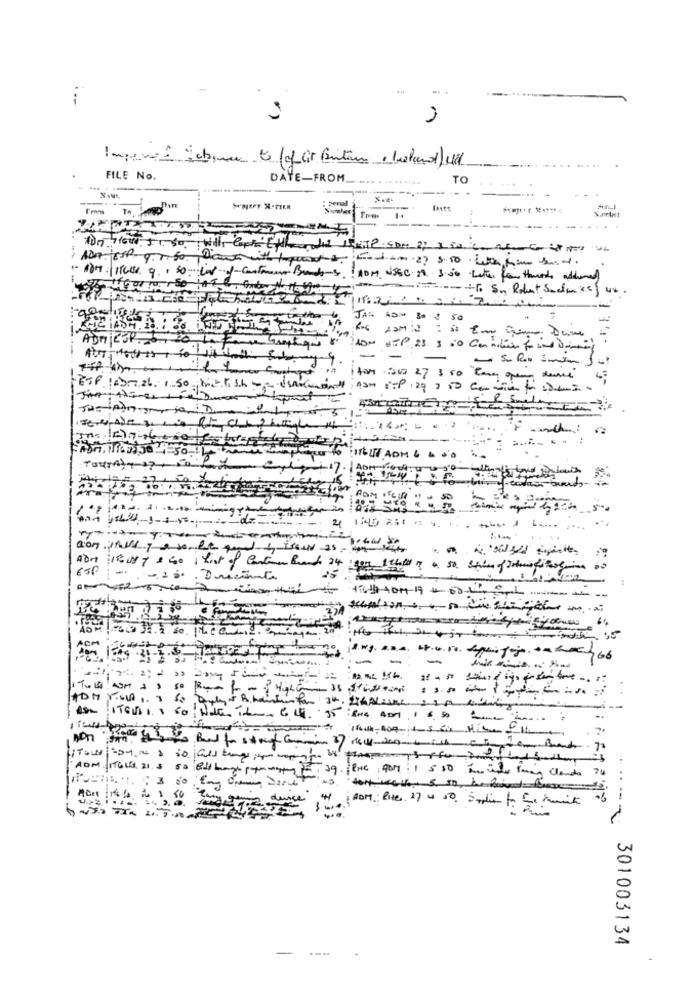
-
FILE No.
DATE-FROM_
TO
: perol
Sarlat
d-SIAOM NSEC. 20. 3.00 butter com Hemero addemed
:--- + S. Rbat Seduce ur
JAS ADN 30 3 3
ADRIESP.
Abrilour
ESP 14-7, 26
1.50
:. 14
non. 1600 30 4-50 11
Aprr
.- 1 .. . Dreciente
ACM
Av 159 3-3-3-1
-
--
..
ADM. ITGLE, 21. 5 50 Bodd hagy prymmapy E. 39. |RUG 40M: 1 5 50 To inder Tang Clando 74
durce
ADM. Rite. 27 4 50. Suplies for Se mant
301003134
-
---